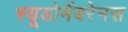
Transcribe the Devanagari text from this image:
स्यूडोमेंबरेनस